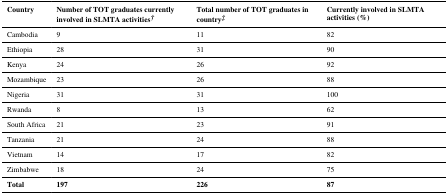
| Country | Number of TOT graduates currently involved in SLMTA activities† | Total number of TOT graduates in country‡ | Currently involved in SLMTA activities (%) |
 | --- | --- | --- | --- |
 | Cambodia | 9 | 11 | 82 |
 | Ethiopia | 28 | 31 | 90 |
 | Kenya | 24 | 26 | 92 |
 | Mozambique | 23 | 26 | 88 |
 | Nigeria | 31 | 31 | 100 |
 | Rwanda | 8 | 13 | 62 |
 | South Africa | 21 | 23 | 91 |
 | Tanzania | 21 | 24 | 88 |
 | Vietnam | 14 | 17 | 82 |
 | Zimbabwe | 18 | 24 | 75 |
 | Total | 197 | 226 | 87 |